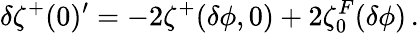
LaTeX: \delta\zeta^{+}(0)^{\prime}=-2\zeta^{+}(\delta\phi,0)+2\zeta_{0}^{F}(\delta\phi)\, .